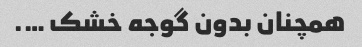
همچنان بدون گوجه خشک ….